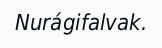
Nurágifalvak.